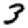
Digit: 3